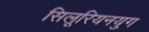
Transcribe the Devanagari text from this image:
सिलूरियनयुग